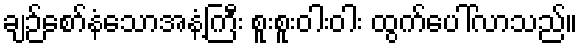
ချဉ်စော်နံသောအနံ့ကြီး စူးစူးဝါးဝါး ထွက်ပေါ်လာသည်။